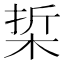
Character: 梊